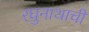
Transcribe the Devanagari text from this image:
रघुनाथाची